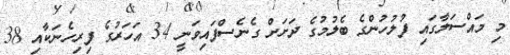
މި މައްސަލާގައި ފުލުހުންގެ ބެލުމުގެ ދަށަށް ގެނެސްފައިވަނީ 34 އަހަރުގެ ފިރިހެނަކާއި 38